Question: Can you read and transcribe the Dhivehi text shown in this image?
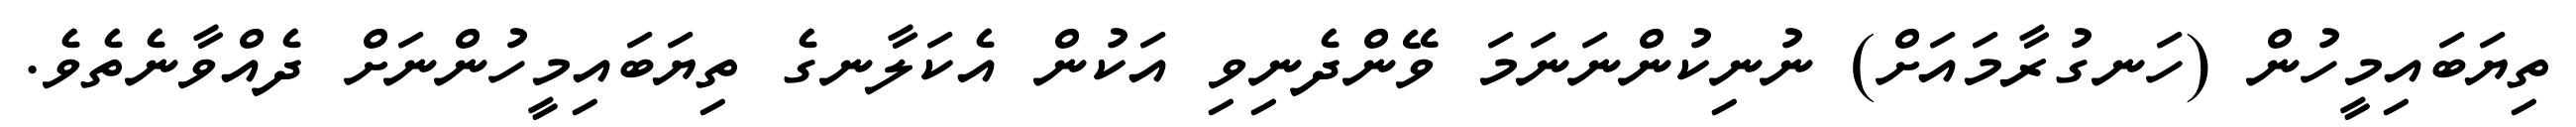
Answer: ތިޔަބައިމީހުން (ހަނގުރާމައަށް) ނުނިކުންނަނަމަ ވޭންދެނިވި އަކުން އެކަލާނގެ ތިޔަބައިމީހުންނަށް ދެއްވާނެތެވެ.